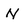
Character: N